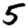
Digit: 5